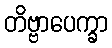
တိဗ္ဗာပေက္ခာ